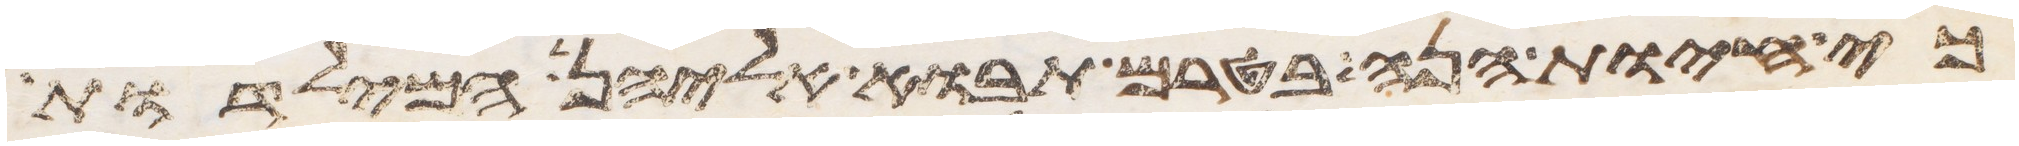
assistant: כי חיות הנה בטרם תבוא אליהן המילדות